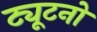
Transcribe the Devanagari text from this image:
ट्यूटनों